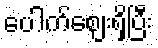
ပေါက်ဈေးရှိပြီး